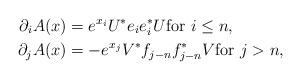
LaTeX: \begin{align*} \partial_i A(x) &= e^{x_i} U^\ast e_i e_i^\ast U \textup{for $i \le n,$} \\ \partial_j A(x) &= -e^{x_j} V^\ast f_{j-n} f_{j-n}^\ast V \textup{for $j > n,$}\end{align*}